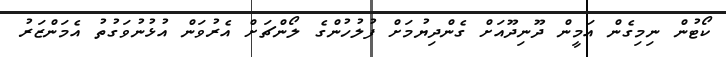
ކޯޓުން ނިމިގެން އަމީން ދޫނިދޫއަށް ގެންދިޔުމަށް ފުލުހުންގެ ލޯންޗަށް އެރުވަން އުޅުނުވަގުތު އެމަންޒަރު